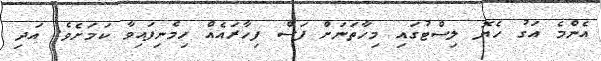
އެންމެ އަގު ހެޔޮ ލިސްޓުގައި މިހާތަނަށް ފަސް ފިހާރައެއް ހިމެނިފައިވާ ކަމަށެވެ. އަދި